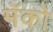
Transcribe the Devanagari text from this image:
मॅको